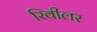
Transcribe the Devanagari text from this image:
रिवीलर